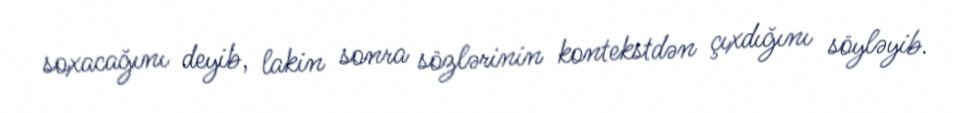
soxacağını deyib, lakin sonra sözlərinin kontekstdən çıxdığını söyləyib.